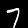
Digit: 7